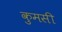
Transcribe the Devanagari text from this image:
कुमसी